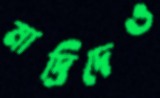
মাদ্রিদেও